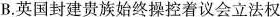
B.英国封建贵族始终操控着议会立法权